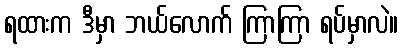
ရထားက ဒီမှာ ဘယ်လောက် ကြာကြာ ရပ်မှာလဲ။